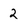
Character: 2